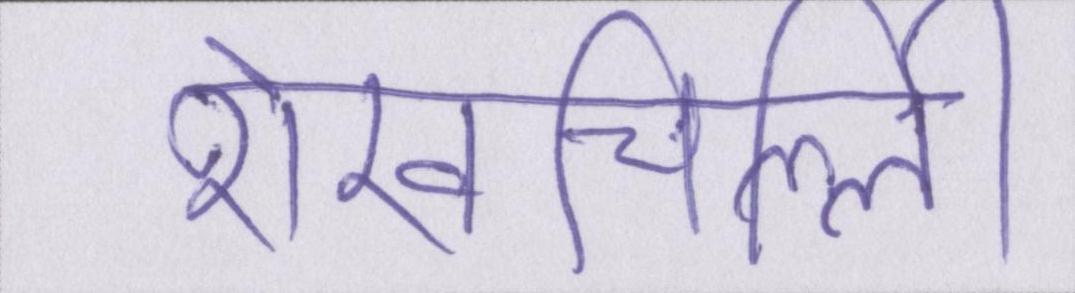
शेखचिल्ली